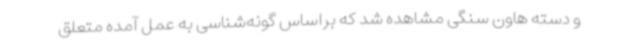
و دسته هاون سنگی مشاهده شد که براساس گونه‌شناسی به عمل آمده متعلق